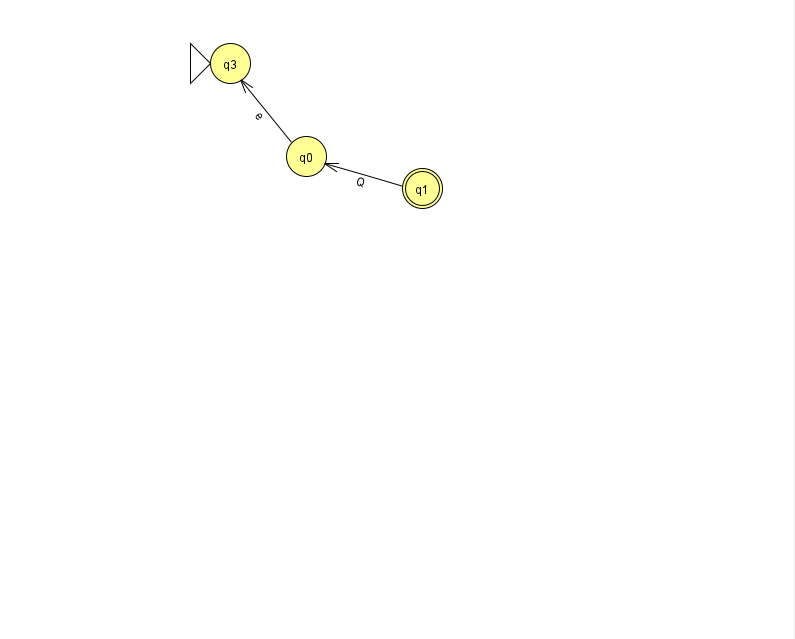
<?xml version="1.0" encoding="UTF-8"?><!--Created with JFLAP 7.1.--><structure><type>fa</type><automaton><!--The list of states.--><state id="0" name="q0"><x>306.0</x><y>143.0</y></state><state id="1" name="q1"><x>422.0</x><y>175.0</y><final/></state><state id="3" name="q3"><x>230.0</x><y>50.0</y><initial/></state><!--The list of transitions.--><transition><from>1</from><to>0</to><read>Q</read></transition><transition><from>0</from><to>3</to><read>e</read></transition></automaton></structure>